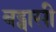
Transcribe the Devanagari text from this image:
बड्वासी